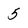
Character: 5